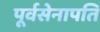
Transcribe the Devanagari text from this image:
पूर्वसेनापति